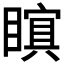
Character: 𭿜